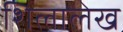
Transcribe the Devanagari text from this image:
शिलालेख